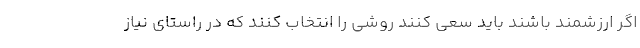
اگر ارزشمند باشند باید سعی کنند روشی را انتخاب کنند که در راستای نیاز